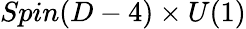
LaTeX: Spin(D-4)\times U(1)